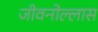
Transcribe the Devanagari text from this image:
जीवनोल्लास